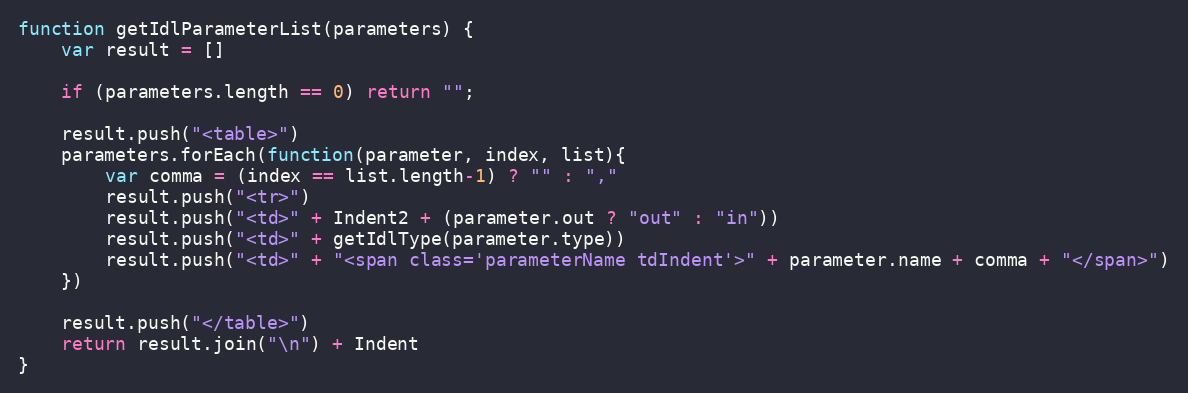
Language: JavaScript
function getIdlParameterList(parameters) {
    var result = []

    if (parameters.length == 0) return "";

    result.push("<table>")
    parameters.forEach(function(parameter, index, list){
        var comma = (index == list.length-1) ? "" : ","
        result.push("<tr>")
        result.push("<td>" + Indent2 + (parameter.out ? "out" : "in"))
        result.push("<td>" + getIdlType(parameter.type))
        result.push("<td>" + "<span class='parameterName tdIndent'>" + parameter.name + comma + "</span>")
    })

    result.push("</table>")
    return result.join("\n") + Indent
}